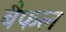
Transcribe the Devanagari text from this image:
बैफल